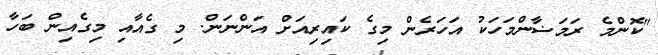
"ކޮންމެ ރަމަޟާންމަހަކު އަހަރެން މިގެ ކައިރިއަށް އަންނަން. މި ގެއާއި މިގެއިން ބަހާ